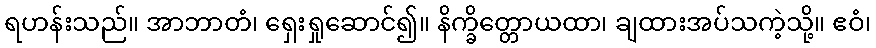
ရဟန်းသည်။ အာဘာတံ၊ ရှေးရှုဆောင်၍။ နိက္ခိတ္တောယထာ၊ ချထားအပ်သကဲ့သို့။ ဧဝံ၊